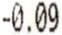
-0.09